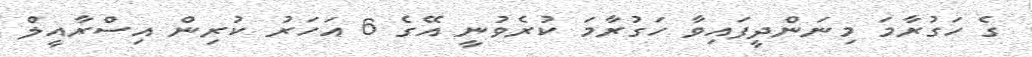
ގެ ހަގުރާމަ މިނަންދީފައިވާ ހަގުރާމަ ކުރެވުނީ އޭގެ 6 އަހަރު ކުރިން އިސްރާއީލް